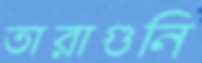
তারাগুনি